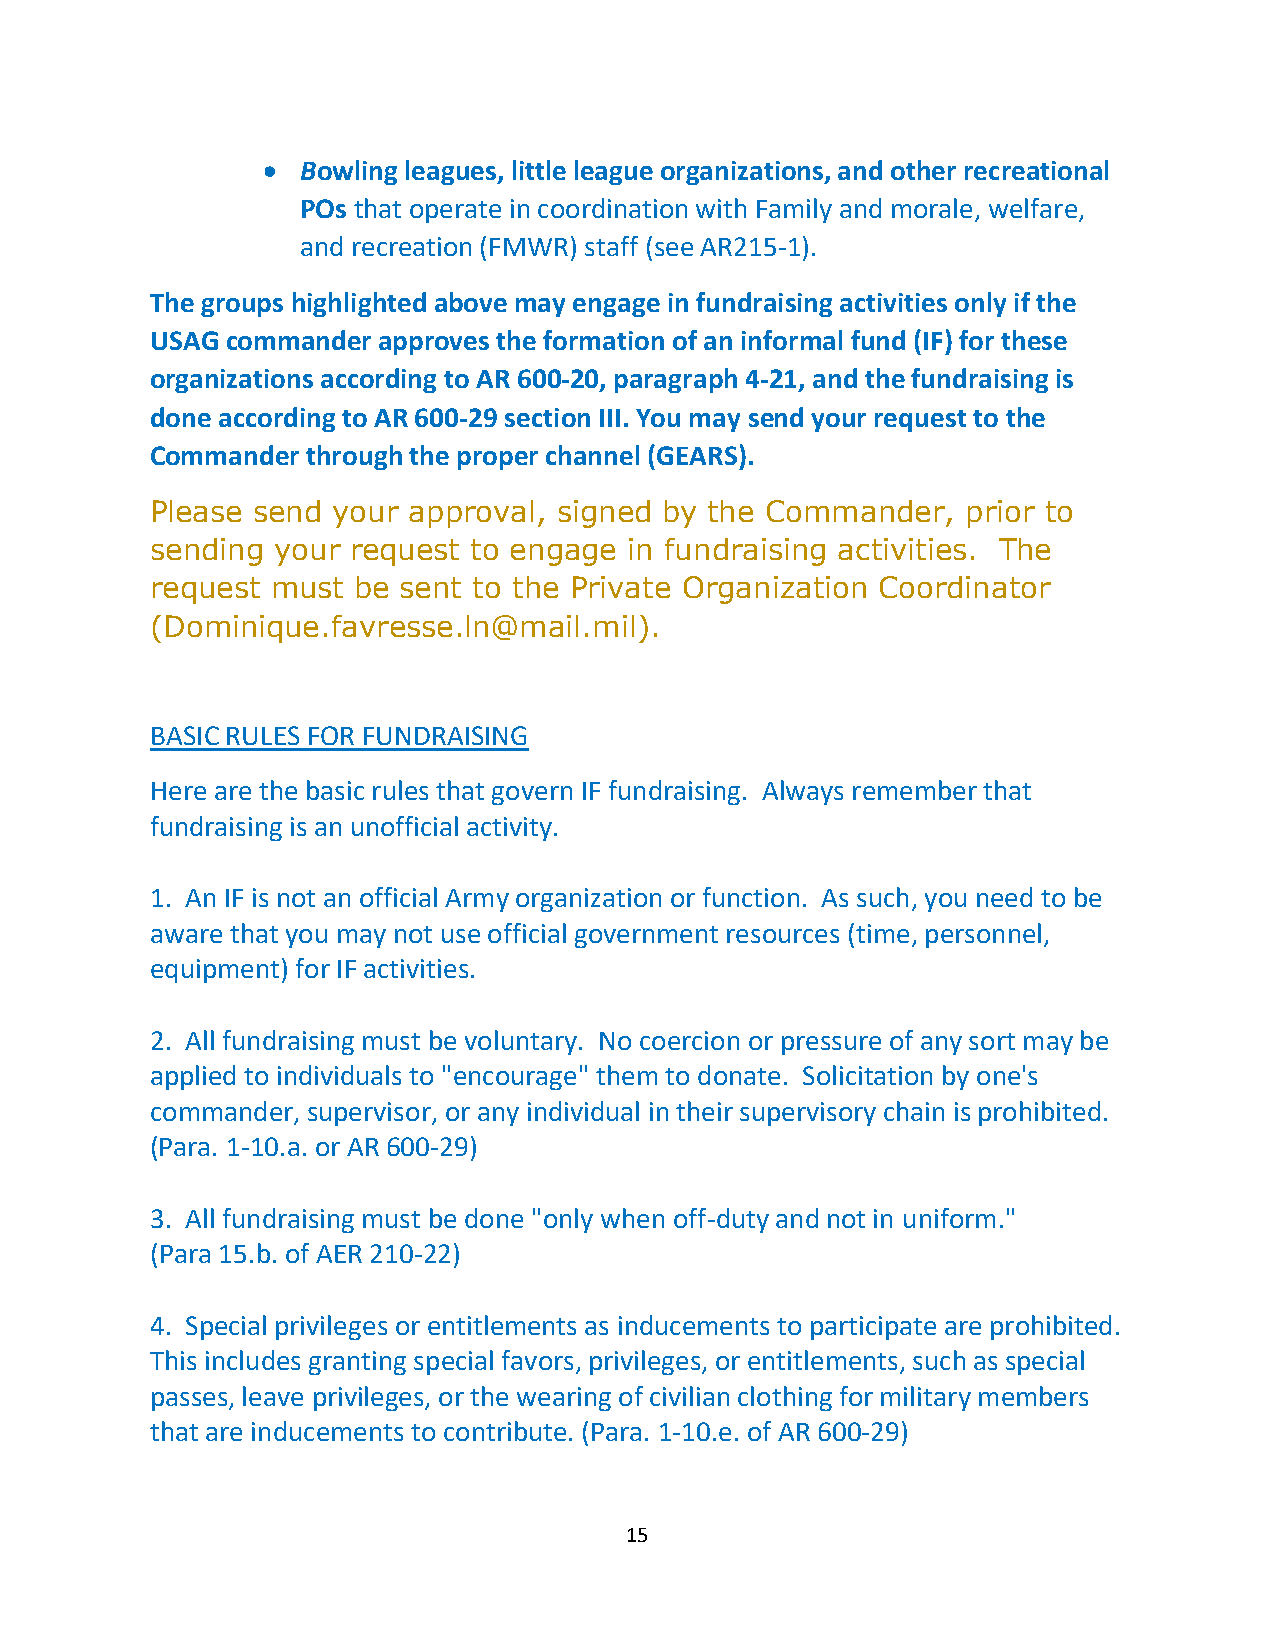
•  Bowling leagues, little league organizations, and other recreational
 POs that operate in coordination with Family and morale, welfare,
 and recreation (FMWR) staff (see AR215-1).
 The groups highlighted above may engage in fundraising activities only if the
 USAG commander approves the formation of an informal fund (IF) for these
 organizations according to AR 600-20, paragraph 4-21, and the fundraising is
 done according to AR 600-29 section III. You may send your request to the
 Commander through the proper channel (GEARS).
 Please send your approval, signed by the Commander,   prior to
 sending your request to engage  in fundraising activities. The
 request must be sent to the Private Organization Coordinator
 (Dominique.favresse.ln@mail.mil).
 BASIC RULES FOR FUNDRAISING
 Here are the basic rules that govern IF fundraising. Always remember that
 fundraising is an unofficial activity.
 1. An IF is not an official Army organization or function. As such, you need to be
 aware that you may not use official government resources (time, personnel,
 equipment) for IF activities.
 2. All fundraising must be voluntary. No coercion or pressure of any sort may be
 applied to individuals to "encourage" them to donate. Solicitation by one's
 commander, supervisor, or any individual in their supervisory chain is prohibited.
 (Para. 1-10.a. or AR 600-29)
 3. All fundraising must be done "only when off-duty and not in uniform."
 (Para 15.b. of AER 210-22)
 4. Special privileges or entitlements as inducements to participate are prohibited.
 This includes granting special favors, privileges, or entitlements, such as special
 passes, leave privileges, or the wearing of civilian clothing for military members
 that are inducements to contribute. (Para. 1-10.e. of AR 600-29)
 15